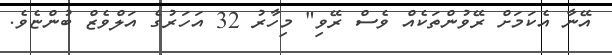
އޭނާ އެކަމަށް ރޭވުންތަކެއް ވެސް ރޭވި" މިހާރު 32 އަހަރުގެ އަލްވެޒް ބުންޏެވެ.